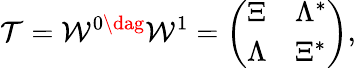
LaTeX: \mathcal{T}=\mathcal{W}^{0\dag}\mathcal{W}^{1}=\left(\begin{array}{ll}{\Xi}&{\Lambda^{*}}\\ {\Lambda}&{\Xi^{*}}\end{array}\right),